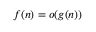
f ( n ) = o ( g ( n ) )